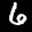
Label: 6